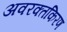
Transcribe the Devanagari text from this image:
अवरक्तकिरण